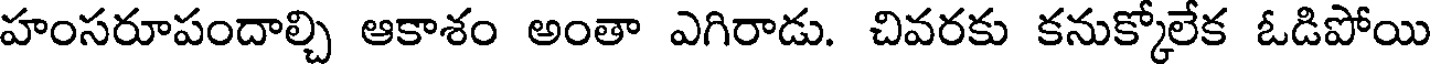
హంసరూపందాల్చి ఆకాశం అంతా ఎగిరాడు. చివరకు కనుక్కోలేక ఓడిపోయి